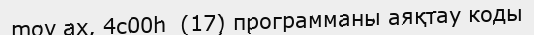
mov ax, 4c00h  (17) программаны аяқтау коды